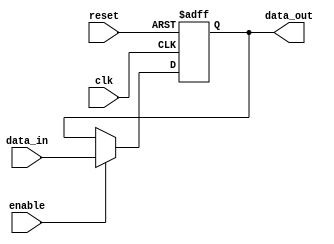
module parameterized_register #(
    parameter WIDTH = 8 // Default width is 8 bits
)(
    input wire clk,          // Clock signal
    input wire reset,        // Reset signal
    input wire enable,       // Enable signal
    input wire [WIDTH-1:0] data_in, // Data input
    output reg [WIDTH-1:0] data_out // Data output
);

// Synchronous reset and data capture on the rising edge of clk
always @(posedge clk or posedge reset) begin
    if (reset) begin
        data_out <= {WIDTH{1'b0}}; // Initialize to zero
    end else if (enable) begin
        data_out <= data_in; // Capture input data
    end
end

endmodule